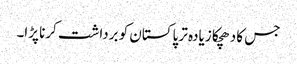
جس کا دھچکا زیادہ تر پاکستان کو برداشت کرنا پڑا۔